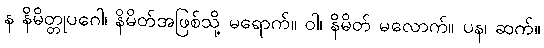
န နိမိတ္တုပဂေါ၊ နိမိတ်အဖြစ်သို့ မရောက်။ ဝါ၊ နိမိတ် မလောက်။ ပန၊ ဆက်။